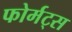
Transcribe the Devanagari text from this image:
फोर्मट्स